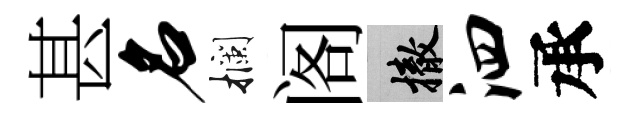
甚名攔阁撤泗承